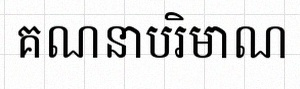
គណនាបរិមាណ